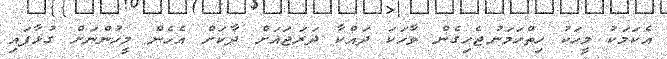
އެކަމަކު މީހަކު ހިތްހަމަނުޖެހިގެން ވާހަކަ ދައްކާ ދަރަޖައަށް ދާކަށް އެހެން މީހުންނަށް ގުޅާފައި